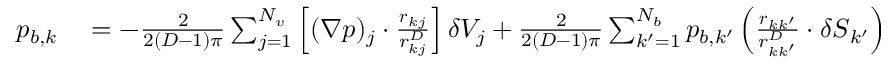
\begin{array} { r l } { p _ { b , k } } & { { } = - \frac 2 { 2 ( D - 1 ) \pi } \sum _ { j = 1 } ^ { N _ { v } } \left[ ( \boldsymbol { \nabla } p ) _ { j } \cdot \frac { \boldsymbol { r } _ { k j } } { r _ { k j } ^ { D } } \right] \delta V _ { j } + \frac 2 { 2 ( D - 1 ) \pi } \sum _ { k ^ { \prime } = 1 } ^ { N _ { b } } p _ { b , k ^ { \prime } } \left( \frac { \boldsymbol { r } _ { k k ^ { \prime } } } { r _ { k k ^ { \prime } } ^ { D } } \cdot \delta \boldsymbol { S } _ { k ^ { \prime } } \right) } \end{array}